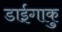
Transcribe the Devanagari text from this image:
डाईगाकु